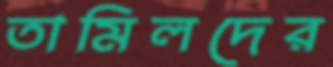
তামিলদের